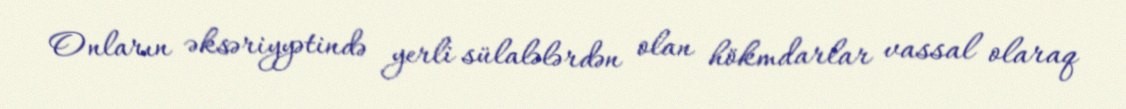
Onların əksəriyyətində yerli sülalələrdən olan hökmdarlar vassal olaraq